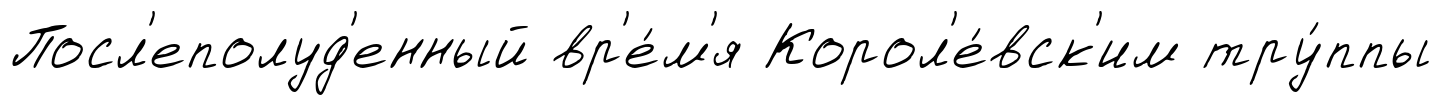
Посл'еполуд'енный вр'е́м'я Корол'е́вск'им тру́ппы